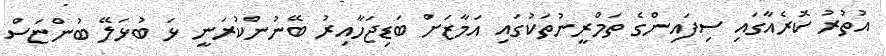
އުތުރު ކޮރެއާގައި ސިފައިންގެ ތަމްރީނުތަކުގައި އަމާޒަށް ބަޑިޖަހާއިރު ބޭނުންކުރަނީ ޅަ ބުޅަލޭ ބުންޏަސް